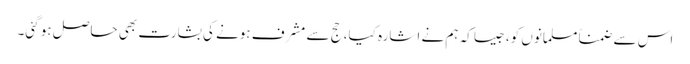
اس سے ضمناً مسلمانوں کو، جیسا کہ ہم نے اشارہ کیا، حج سے مشرف ہونے کی بشارت بھی حاصل ہو گئی۔